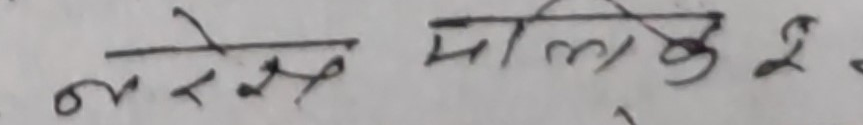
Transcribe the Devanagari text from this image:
नरेश मालिक २